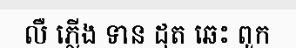
លឺ ភ្លើង ទាន ដុត ឆេះ ពួក